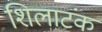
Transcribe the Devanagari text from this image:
शिलाटंक